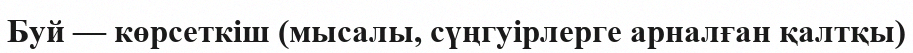
Буй — көрсеткіш (мысалы, сүңгуірлерге арналған қалтқы)